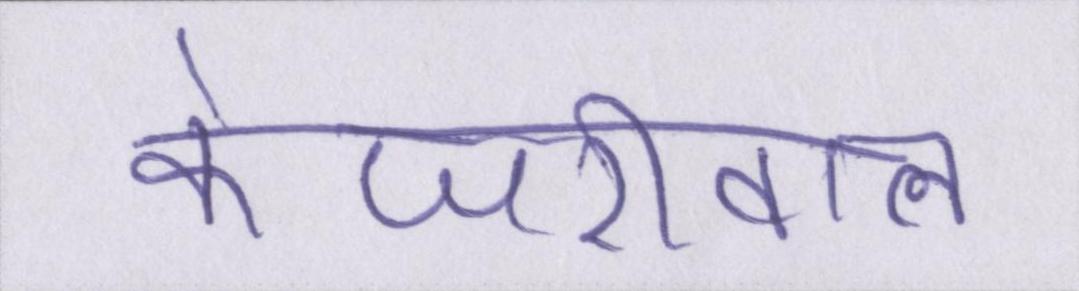
केजरीवाल